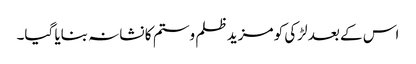
اس کے بعد لڑکی کو مزید ظلم وستم کا نشانہ بنایا گیا۔